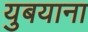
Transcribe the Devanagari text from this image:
युबयाना